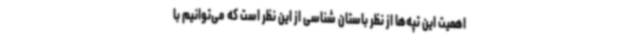
اهمیت این تپه‌ها از نظر باستان شناسی از این نظر است که می‌توانیم با